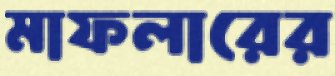
মাফলারের